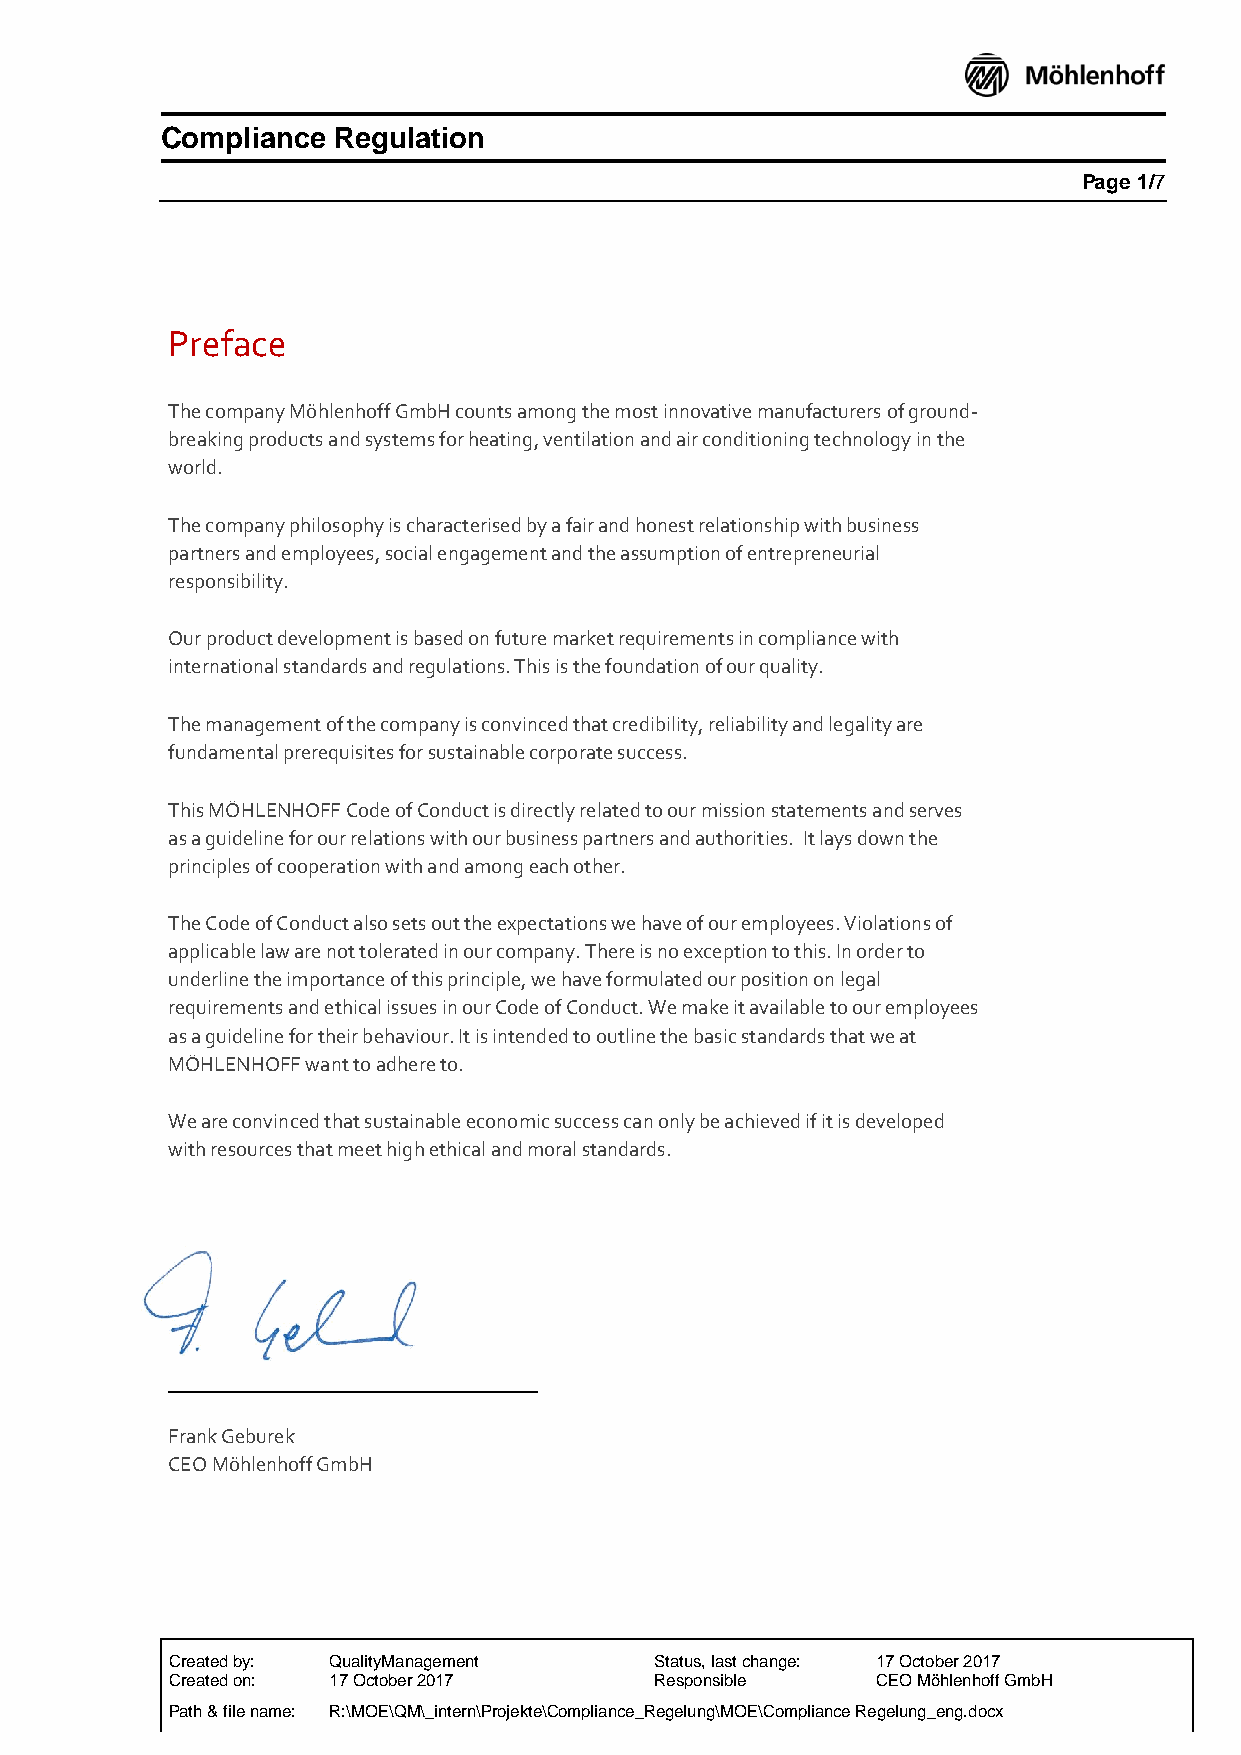
Compliance Regulation
 Page 1/7
 Preface
 The company Möhlenhoff GmbH counts among the most innovative manufacturers of ground-
 breaking products and systems for heating, ventilation and air conditioning technology in the
 world.
 The company philosophy is characterised by a fair and honest relationship with business
 partners and employees, social engagement and the assumption of entrepreneurial
 responsibility.
 Our product development is based on future market requirements in compliance with
 international standards and regulations. This is the foundation of our quality.
 The management of the company is convinced that credibility, reliability and legality are
 fundamental prerequisites for sustainable corporate success.
 This MÖHLENHOFF Code of Conduct is directly related to our mission statements and serves
 as a guideline for our relations with our business partners and authorities. It lays down the
 principles of cooperation with and among each other.
 The Code of Conduct also sets out the expectations we have of our employees. Violations of
 applicable law are not tolerated in our company. There is no exception to this. In order to
 underline the importance of this principle, we have formulated our position on legal
 requirements and ethical issues in our Code of Conduct. We make it available to our employees
 as a guideline for their behaviour. It is intended to outline the basic standards that we at
 MÖHLENHOFF want to adhere to.
 We are convinced that sustainable economic success can only be achieved if it is developed
 with resources that meet high ethical and moral standards.
 Frank Geburek
 Frank Geburek
 CEO Möhlenhoff GmbH
 Created by: QualityManagement   Status, last change: 17 October 2017
 Created on: 17 October 2017     Responsible    CEO Möhlenhoff GmbH
 Path & file name: R:\MOE\QM\_intern\Projekte\Compliance_Regelung\MOE\Compliance Regelung_eng.docx